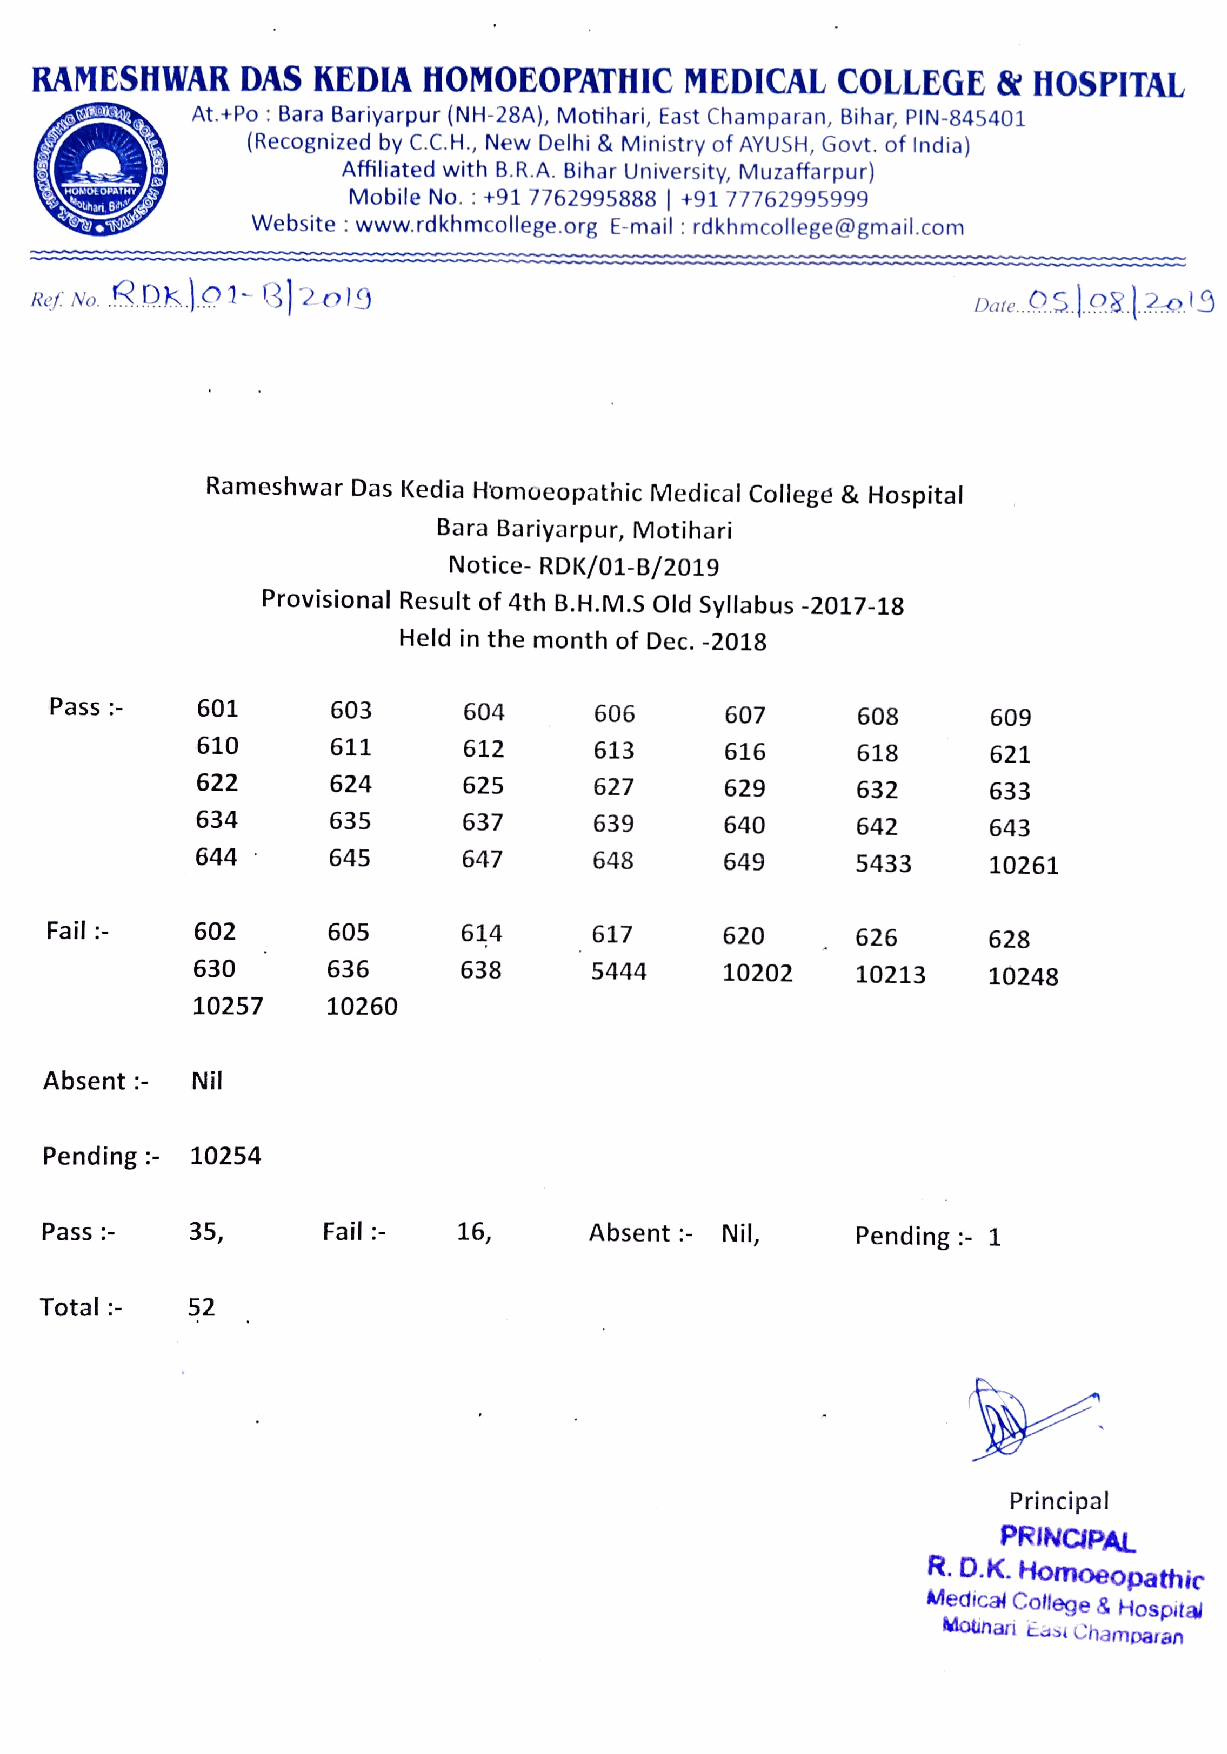
RAMESHWAR     DAS  KEDIA  HOMOEOPATHIC     MEDICAL   COLLEGE    & HOSPITAL
 DAL   At.+Po : Bara Bariyarpur (NH-28A), Motihari, East Champaran, Bihar, PIN-845401
 (Recognized by C.C.H., New Delhi & Ministry of AYUSH, Govt. of India)
 Affiliated with B.R.A. Bihar University, Muzaffarpur)
 HONOEOPATHY        Mobile No. : +91 7762995888 | +91 77762995999
 othari
 ani Bih
 Website: www.rdkhmcollege.org E-mail: rdkhmcollege@gmail.com
 f No. DK.o1-B]2o19                                           Date. .S8]2.019
 Rameshwar Das Kedia Homoeopathic Medical College & Hospital
 Bara Bariyarpur, Motihari
 Notice- RDK/01-B/2019
 Provisional Result of 4th B.H.M.S Old Syllabus -2017-18
 Held in the month of Dec. -2018
 Pass      601      603      604     606      607      608      609
 610      611      612     613      616      618     621
 622      624      625     627      629      632     633
 634      635      637     639      640      642     643
 644      645      647     648      649      5433    10261
 Fail      602      605      614     617      620      626     628
 630      636     638      5444     10202    10213   10248
 10257    10260
 Absent-   Nil
 Pending   10254
 Pass      35,     Fail     16,      Absent   Nil,    Pending  1
 Total     52
 Principal
 PRINCIPAL
 R.D.K. Homoeopathic
 Medical College& Hospital
 Mounari Easi Champaran